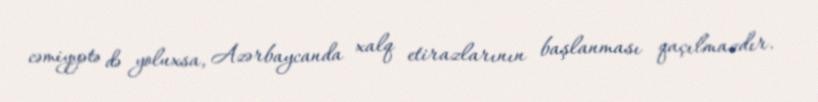
cəmiyyətə də yoluxsa, Azərbaycanda xalq etirazlarının başlanması qaçılmazdır.